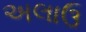
અલાઉ